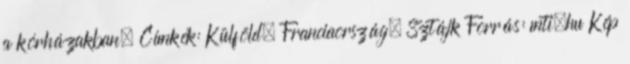
a kórházakban. Címkék: Külföld, Franciaország, Sztájk Forrás: mti.hu Kép